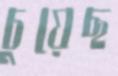
চুয়েছ